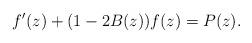
LaTeX: \begin{align*} f'(z)+(1-2B(z))f(z) = P(z).\end{align*}